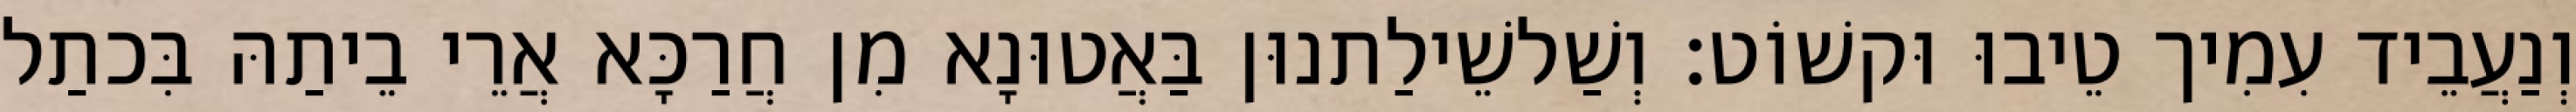
וְנַעֲבֵיד עִמִיך טֵיבוּ וּקשׁוֹט׃ וְשַׁלשֵׁילַתנוּן בַּאֲטוּנָא מִן חֲרַכָּא אֲרֵי בֵיתַהּ בִּכתַל